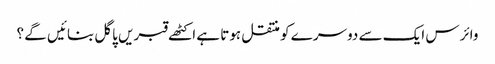
وائرس ایک سے دوسرے کو منتقل ہوتا ہے اکٹھے قبریں پاگل بنائیں گے ؟